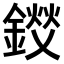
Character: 𫒽